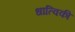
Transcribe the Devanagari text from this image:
धात्विकी